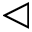
\triangleleft